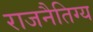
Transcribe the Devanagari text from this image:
राजनैतिग्य